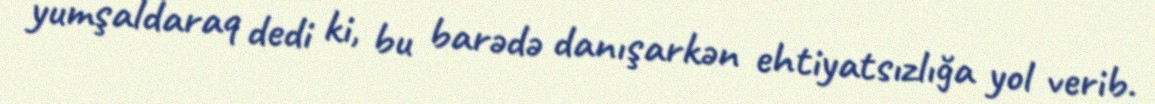
yumşaldaraq dedi ki, bu barədə danışarkən ehtiyatsızlığa yol verib.